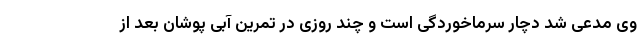
وی مدعی شد دچار سرماخوردگی است و چند روزی در تمرین آبی پوشان بعد از